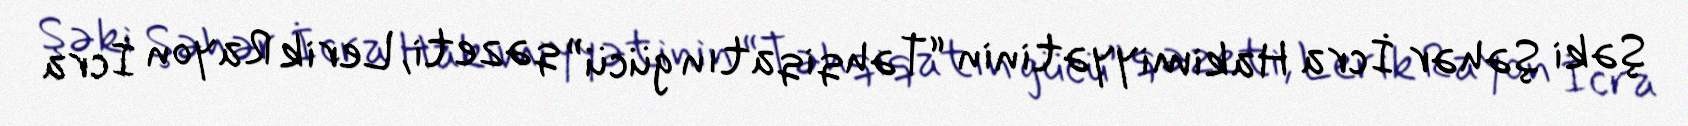
Şəki Şəhər İcra Hakimiyyətinin “Təhqiqatın gücü” qəzeti, Lerik Rayon İcra